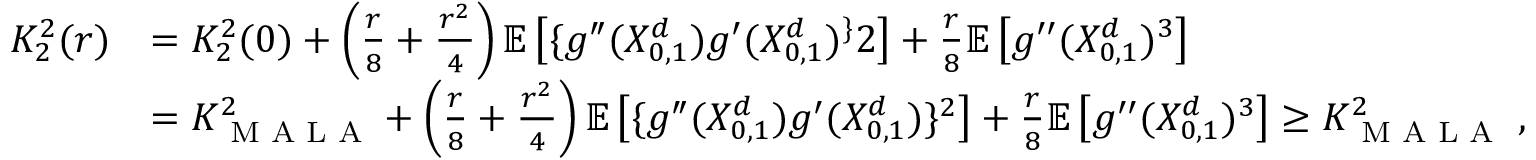
\begin{array} { r l } { K _ { 2 } ^ { 2 } ( r ) } & { = K _ { 2 } ^ { 2 } ( 0 ) + \left( \frac { r } { 8 } + \frac { r ^ { 2 } } { 4 } \right) \mathbb { E } \left[ \{ g ^ { \dprime } ( X _ { 0 , 1 } ^ { d } ) g ^ { \prime } ( X _ { 0 , 1 } ^ { d } ) ^ { \} } 2 \right] + \frac { r } { 8 } \mathbb { E } \left[ g ^ { \prime \prime } ( X _ { 0 , 1 } ^ { d } ) ^ { 3 } \right] } \\ & { = K _ { \textrm { M A L A } } ^ { 2 } + \left( \frac { r } { 8 } + \frac { r ^ { 2 } } { 4 } \right) \mathbb { E } \left[ \{ g ^ { \dprime } ( X _ { 0 , 1 } ^ { d } ) g ^ { \prime } ( X _ { 0 , 1 } ^ { d } ) \} ^ { 2 } \right] + \frac { r } { 8 } \mathbb { E } \left[ g ^ { \prime \prime } ( X _ { 0 , 1 } ^ { d } ) ^ { 3 } \right] \geq K _ { \textrm { M A L A } } ^ { 2 } \; , } \end{array}